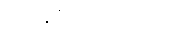
သဇောတိဘူတာ